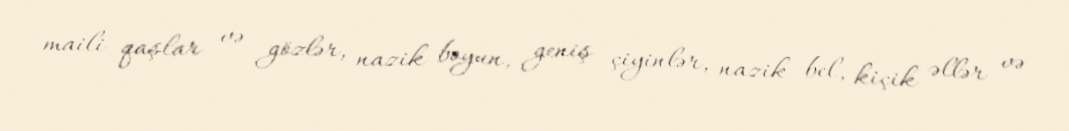
maili qaşlar və gözlər, nazik boyun, geniş çiyinlər, nazik bel, kiçik əllər və